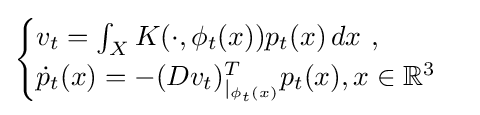
{\begin{cases}v_{t}=\textstyle \int _{X}\displaystyle K(\cdot ,\phi _{t}(x))p_{t}(x)\,dx\ ,\\{\dot {p}}_{t}(x)=-(Dv_{t})_{|_{\phi _{t}(x)}}^{T}p_{t}(x),x\in {\mathbb {R} }^{3}\end{cases}}